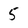
Character: 5